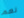
نعم